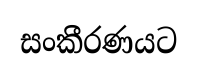
සංකීරණයට